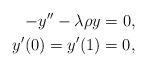
LaTeX: \begin{align*} -y''-\lambda\rho y=0,\\ y'(0)=y'(1)=0,\end{align*}